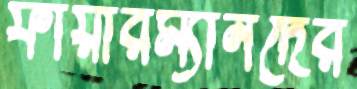
ফায়ারম্যানদের